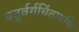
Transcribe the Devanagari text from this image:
चतुर्वर्गचिंतामणि